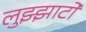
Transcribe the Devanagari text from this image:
लुझ्झाटो